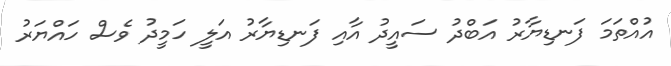
އުއްތަމަ ފަނޑިޔާރު އަބްދު ސައީދު އާއި ފަނޑިޔާރު އަލީ ހަމީދު ވެސް ހައްޔަރު